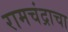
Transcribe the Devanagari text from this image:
रामचंद्राचा